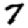
Digit: 7